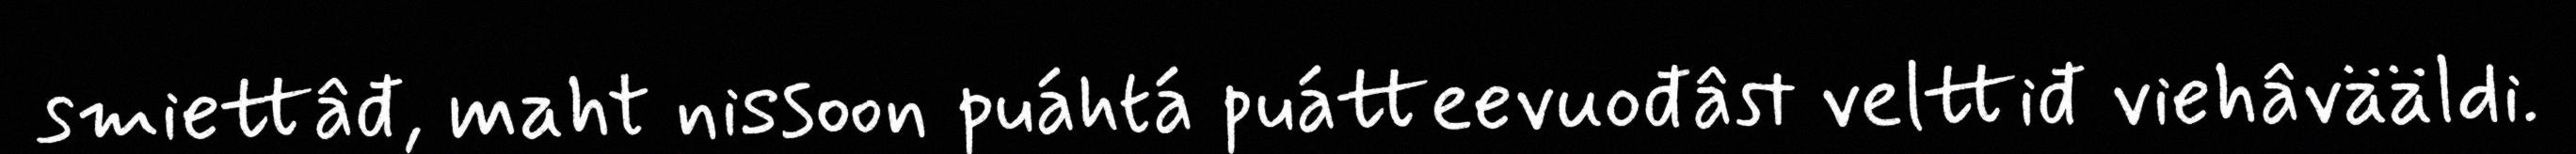
smiettâđ, maht nissoon puáhtá puátteevuođâst velttiđ viehâvääldi.